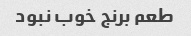
طعم برنج خوب نبود